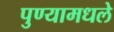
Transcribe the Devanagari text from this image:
पुण्यामधले